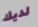
لديك